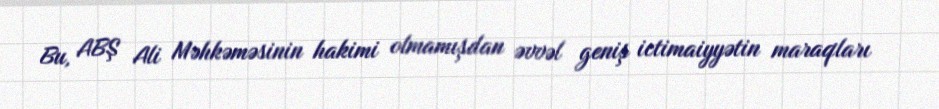
Bu, ABŞ Ali Məhkəməsinin hakimi olmamışdan əvvəl geniş ictimaiyyətin maraqları